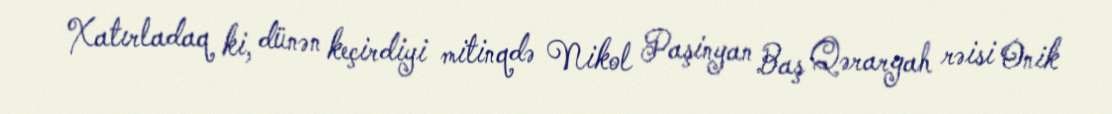
Xatırladaq ki, dünən keçirdiyi mitinqdə Nikol Paşinyan Baş Qərargah rəisi Onik